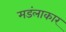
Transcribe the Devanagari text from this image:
मडंलाकार